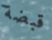
قبضة